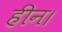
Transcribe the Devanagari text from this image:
हीन।